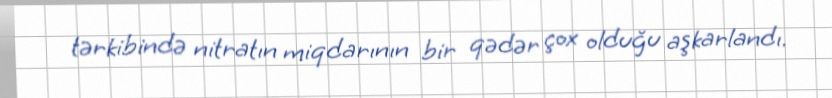
tərkibində nitratın miqdarının bir qədər çox olduğu aşkarlandı.